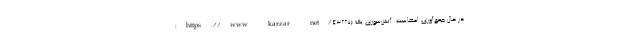
(https://www.karzar.net/43227) در حال جمع‌آوری امضاست. آتش‌سوزی یک